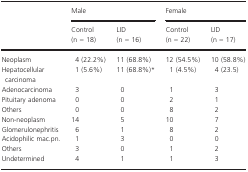
<table><thead><tr><td></td><td colspan="2"><b>Male</b></td><td colspan="2"><b>Female</b></td></tr><tr><td></td><td><b>Control (n = 18)</b></td><td><b>LID (n = 16)</b></td><td><b>Control (n = 22)</b></td><td><b>LID (n = 17)</b></td></tr></thead><tbody><tr><td>Neoplasm</td><td>4 (22.2%)</td><td>11 (68.8%)</td><td>12 (54.5%)</td><td>10 (58.8%)</td></tr><tr><td>Hepatocellular carcinoma</td><td>1 (5.6%)</td><td>11 (68.8%)*</td><td>1 (4.5%)</td><td>4 (23.5)</td></tr><tr><td>Adenocarcinoma</td><td>3</td><td>0</td><td>1</td><td>3</td></tr><tr><td>Pituitary adenoma</td><td>0</td><td>0</td><td>2</td><td>1</td></tr><tr><td>Others</td><td>0</td><td>0</td><td>8</td><td>2</td></tr><tr><td>Non-neoplasm</td><td>14</td><td>5</td><td>10</td><td>7</td></tr><tr><td>Glomerulonephritis</td><td>6</td><td>1</td><td>8</td><td>2</td></tr><tr><td>Acidophilic mac.pn.</td><td>1</td><td>3</td><td>0</td><td>0</td></tr><tr><td>Others</td><td>3</td><td>0</td><td>1</td><td>2</td></tr><tr><td>Undetermined</td><td>4</td><td>1</td><td>1</td><td>3</td></tr></tbody></table>